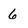
Character: 6